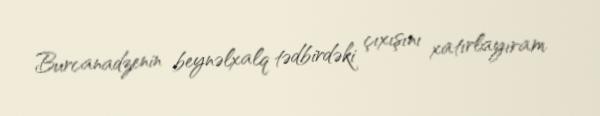
Burcanadzenin beynəlxalq tədbirdəki çıxışını xatırlayıram.